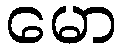
မော